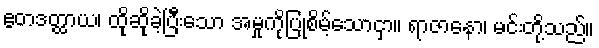
ဧတဒတ္ထာယ၊ ထိုဆိုခဲ့ပြီးသော အမှုကိုပြုစိမ့်သောငှာ။ ရာဇာနော၊ မင်းတို့သည်။